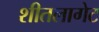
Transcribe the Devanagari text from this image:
शीतलागेट